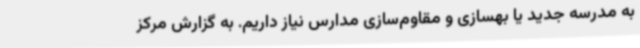
به مدرسه جدید یا بهسازی و مقاوم‌سازی مدارس نیاز داریم. به گزارش مرکز